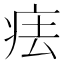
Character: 㾀